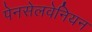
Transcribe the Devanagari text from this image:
पेनसेलवेनियन